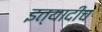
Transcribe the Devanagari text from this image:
इत्यादीच